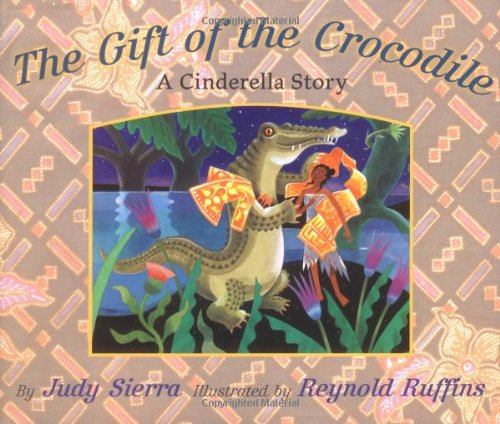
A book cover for The Gift of the Crocodile: A Cinderella Story; Judy Sierra; Children's Books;